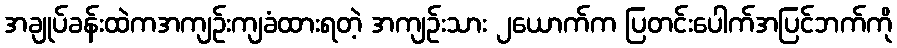
အချုပ်ခန်းထဲကအကျဉ်းကျခံထားရတဲ့ အကျဉ်းသား ၂ယောက်က ပြတင်းပေါက်အပြင်ဘက်ကို